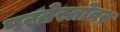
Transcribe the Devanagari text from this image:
परतेस्तोवर